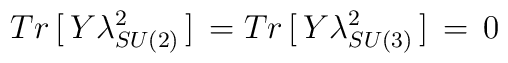
Tr\,[\,Y  \lambda^{2}_{SU(2)}\,]\,   =     Tr\,[\,Y\lambda^{2}_{SU(3)}\,]\,=\,0